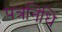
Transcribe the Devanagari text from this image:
पत्रनिधि